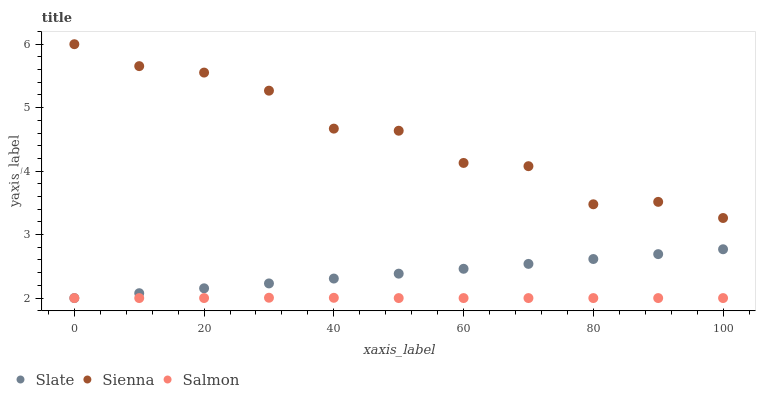
| xaxis_label | Slate | Sienna | Salmon |
 | --- | --- | --- | --- |
 | 0 | 2 | 6 | 2 |
 | 10 | 2.08 | 5.65 | 2 |
 | 20 | 2.15 | 5.55 | 2 |
 | 30 | 2.23 | 5.27 | 2.01 |
 | 40 | 2.31 | 4.67 | 2 |
 | 50 | 2.38 | 4.64 | 2 |
 | 60 | 2.46 | 4.13 | 2 |
 | 70 | 2.54 | 4.08 | 2 |
 | 80 | 2.62 | 3.48 | 2 |
 | 90 | 2.69 | 3.52 | 2 |
 | 100 | 2.77 | 3.26 | 2 |